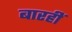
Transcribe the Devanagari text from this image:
बारहीं